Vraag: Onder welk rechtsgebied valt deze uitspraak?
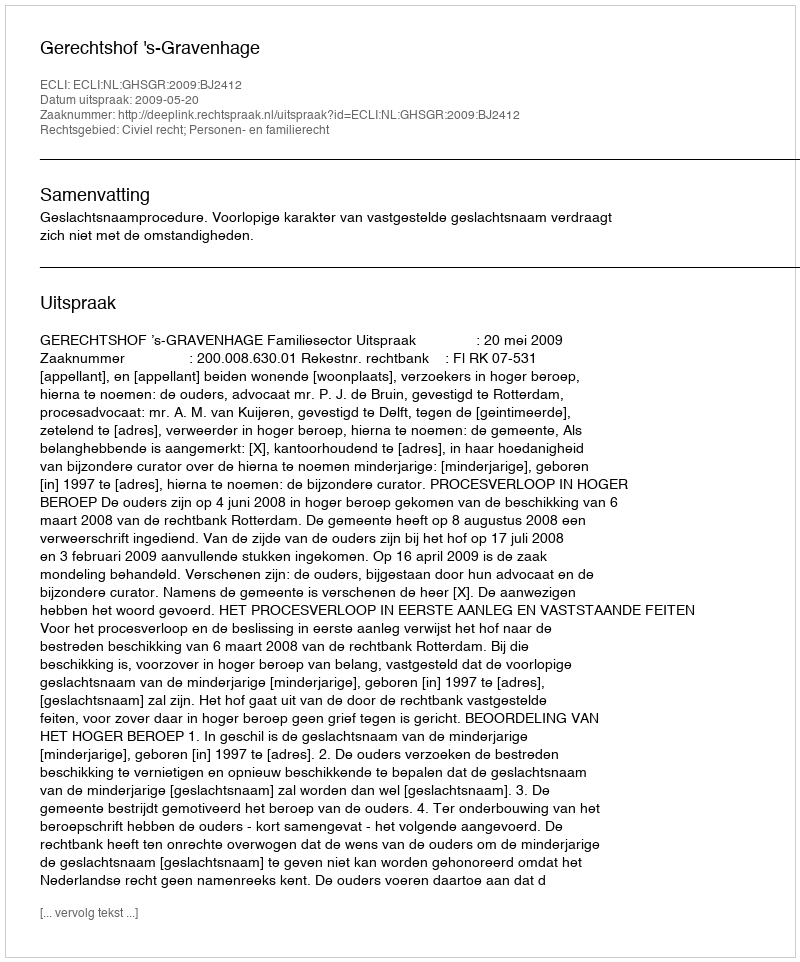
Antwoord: Civiel recht; Personen- en familierecht